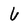
Character: 6